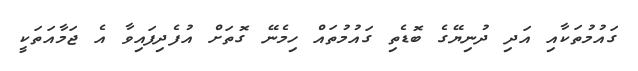
ގައުމުތަކާއި އަދި ދުނިޔޭގެ ބޮޑެތި ގައުމުތައް ހިމެނޭ ގޮތަށް އުފެދިފައިވާ އެ ޖަމާއަތަކީ